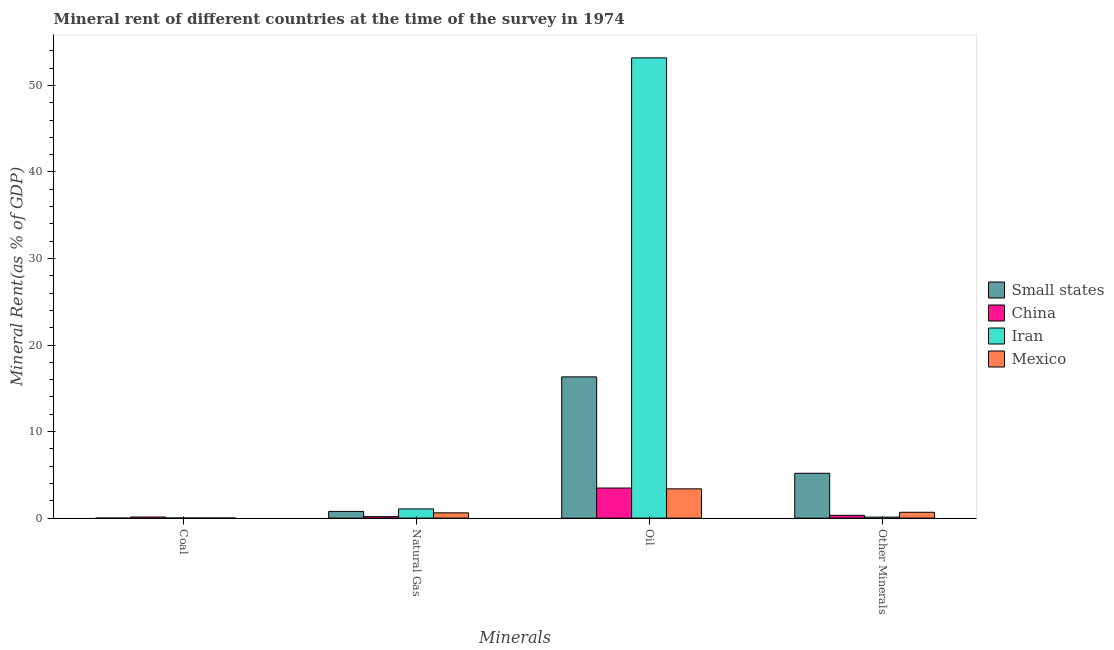
| Minerals | Small states | China | Iran | Mexico |
 | --- | --- | --- | --- | --- |
 | Coal | 0.000445 | 0.128 | 0.0104 | 0.0064 |
 | Natural Gas | 0.776 | 0.171 | 1.06 | 0.609 |
 | Oil | 16.3 | 3.48 | 53.2 | 3.38 |
 | Other Minerals | 5.18 | 0.324 | 0.113 | 0.675 |